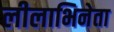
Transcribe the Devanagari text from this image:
लीलाभिनेता